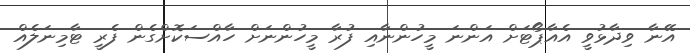
އޭނާ ވިދާޅުވީ އެއާޕޯޓަށް އަންނަ މީހުންނާއި ފުރާ މީހުންނަށް ހާއްސަކޮށްގެން ފެރީ ޓާމިނަލެއް